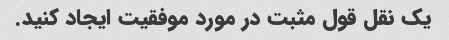
یک نقل قول مثبت در مورد موفقیت ایجاد کنید.